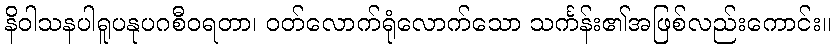
နိဝါသနပါရူပနုပဂစီဝရတာ၊ ဝတ်လောက်ရုံလောက်သော သင်္ကန်း၏အဖြစ်လည်းကောင်း။